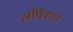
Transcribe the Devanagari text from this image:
अघिकारों